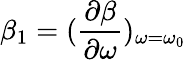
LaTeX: \beta_{1}=(\frac{\partial\beta}{\partial\omega})_{\omega=\omega_{0}}